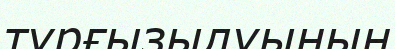
тұрғызылуының